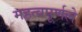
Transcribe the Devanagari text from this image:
महत्वपूर्णले